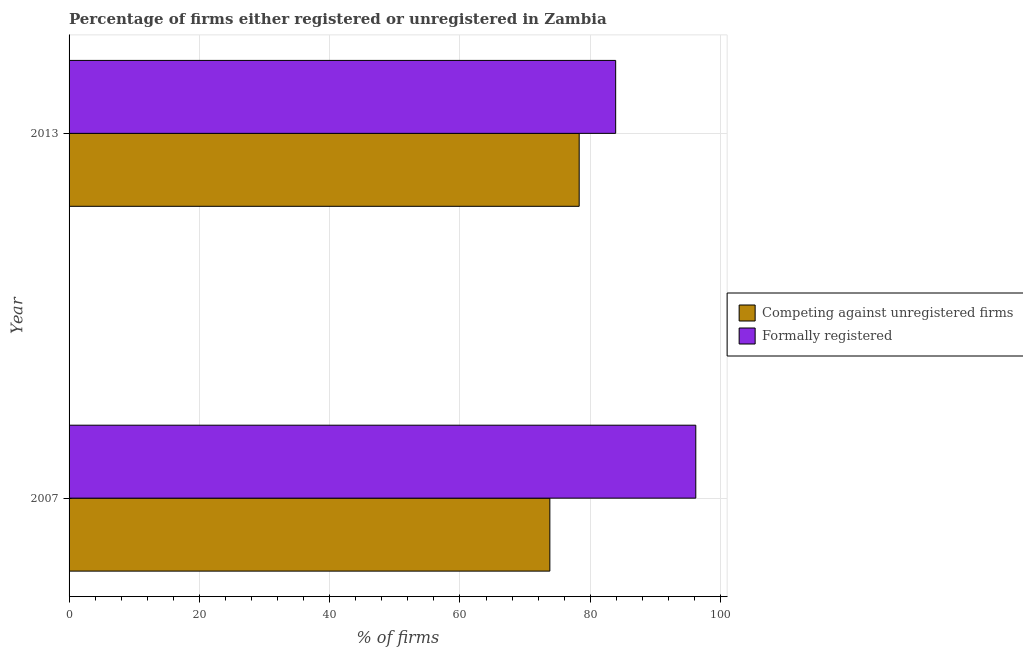
| Year | Competing against unregistered firms | Formally registered |
 | --- | --- | --- |
 | 2007 | 73.8 | 96.2 |
 | 2013 | 78.3 | 83.9 |